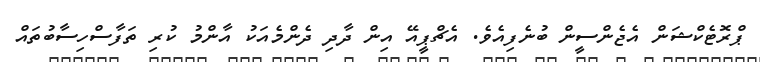
ޕްރޮޓެކްޝަން އެޖެންސީން ބުނެފިއެވެ. އެޗްޕީއޭ އިން ދާދި ދެންމެއަކު އާންމު ކުރި ތަފާސްހިސާބުތައް